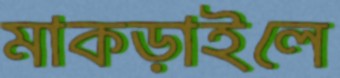
মাকড়াইলে